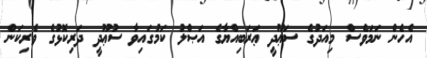
އެހެން ނަމަވެސް މިއަދުގެ ސަޢޫދީ ޢަރަބިއްޔާގެ އަޞްލު ކަމުގައިވާ ސުޢޫދީ ދަރިކޮޅުގެ ވެރިކަން